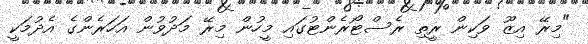
"މިރޭ އިޒޫ ވަކިން ރީތި ރެސްޓޯރެންޓުގައި މީހުން މިރޭ މަދުވުން އަހަރެންގެ އެދުމަކީ